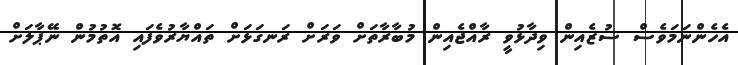
އެހެންނަމަވެސް ސުޒެއިން ވިދާޅުވީ ރާއްޖެއިން މުބާރާތަށް ވަރަށް ރަނގަޅަށް ތައްޔާރުވެފައި އޮތުމުން ނޭޕާލަށް